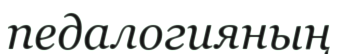
педалогияның